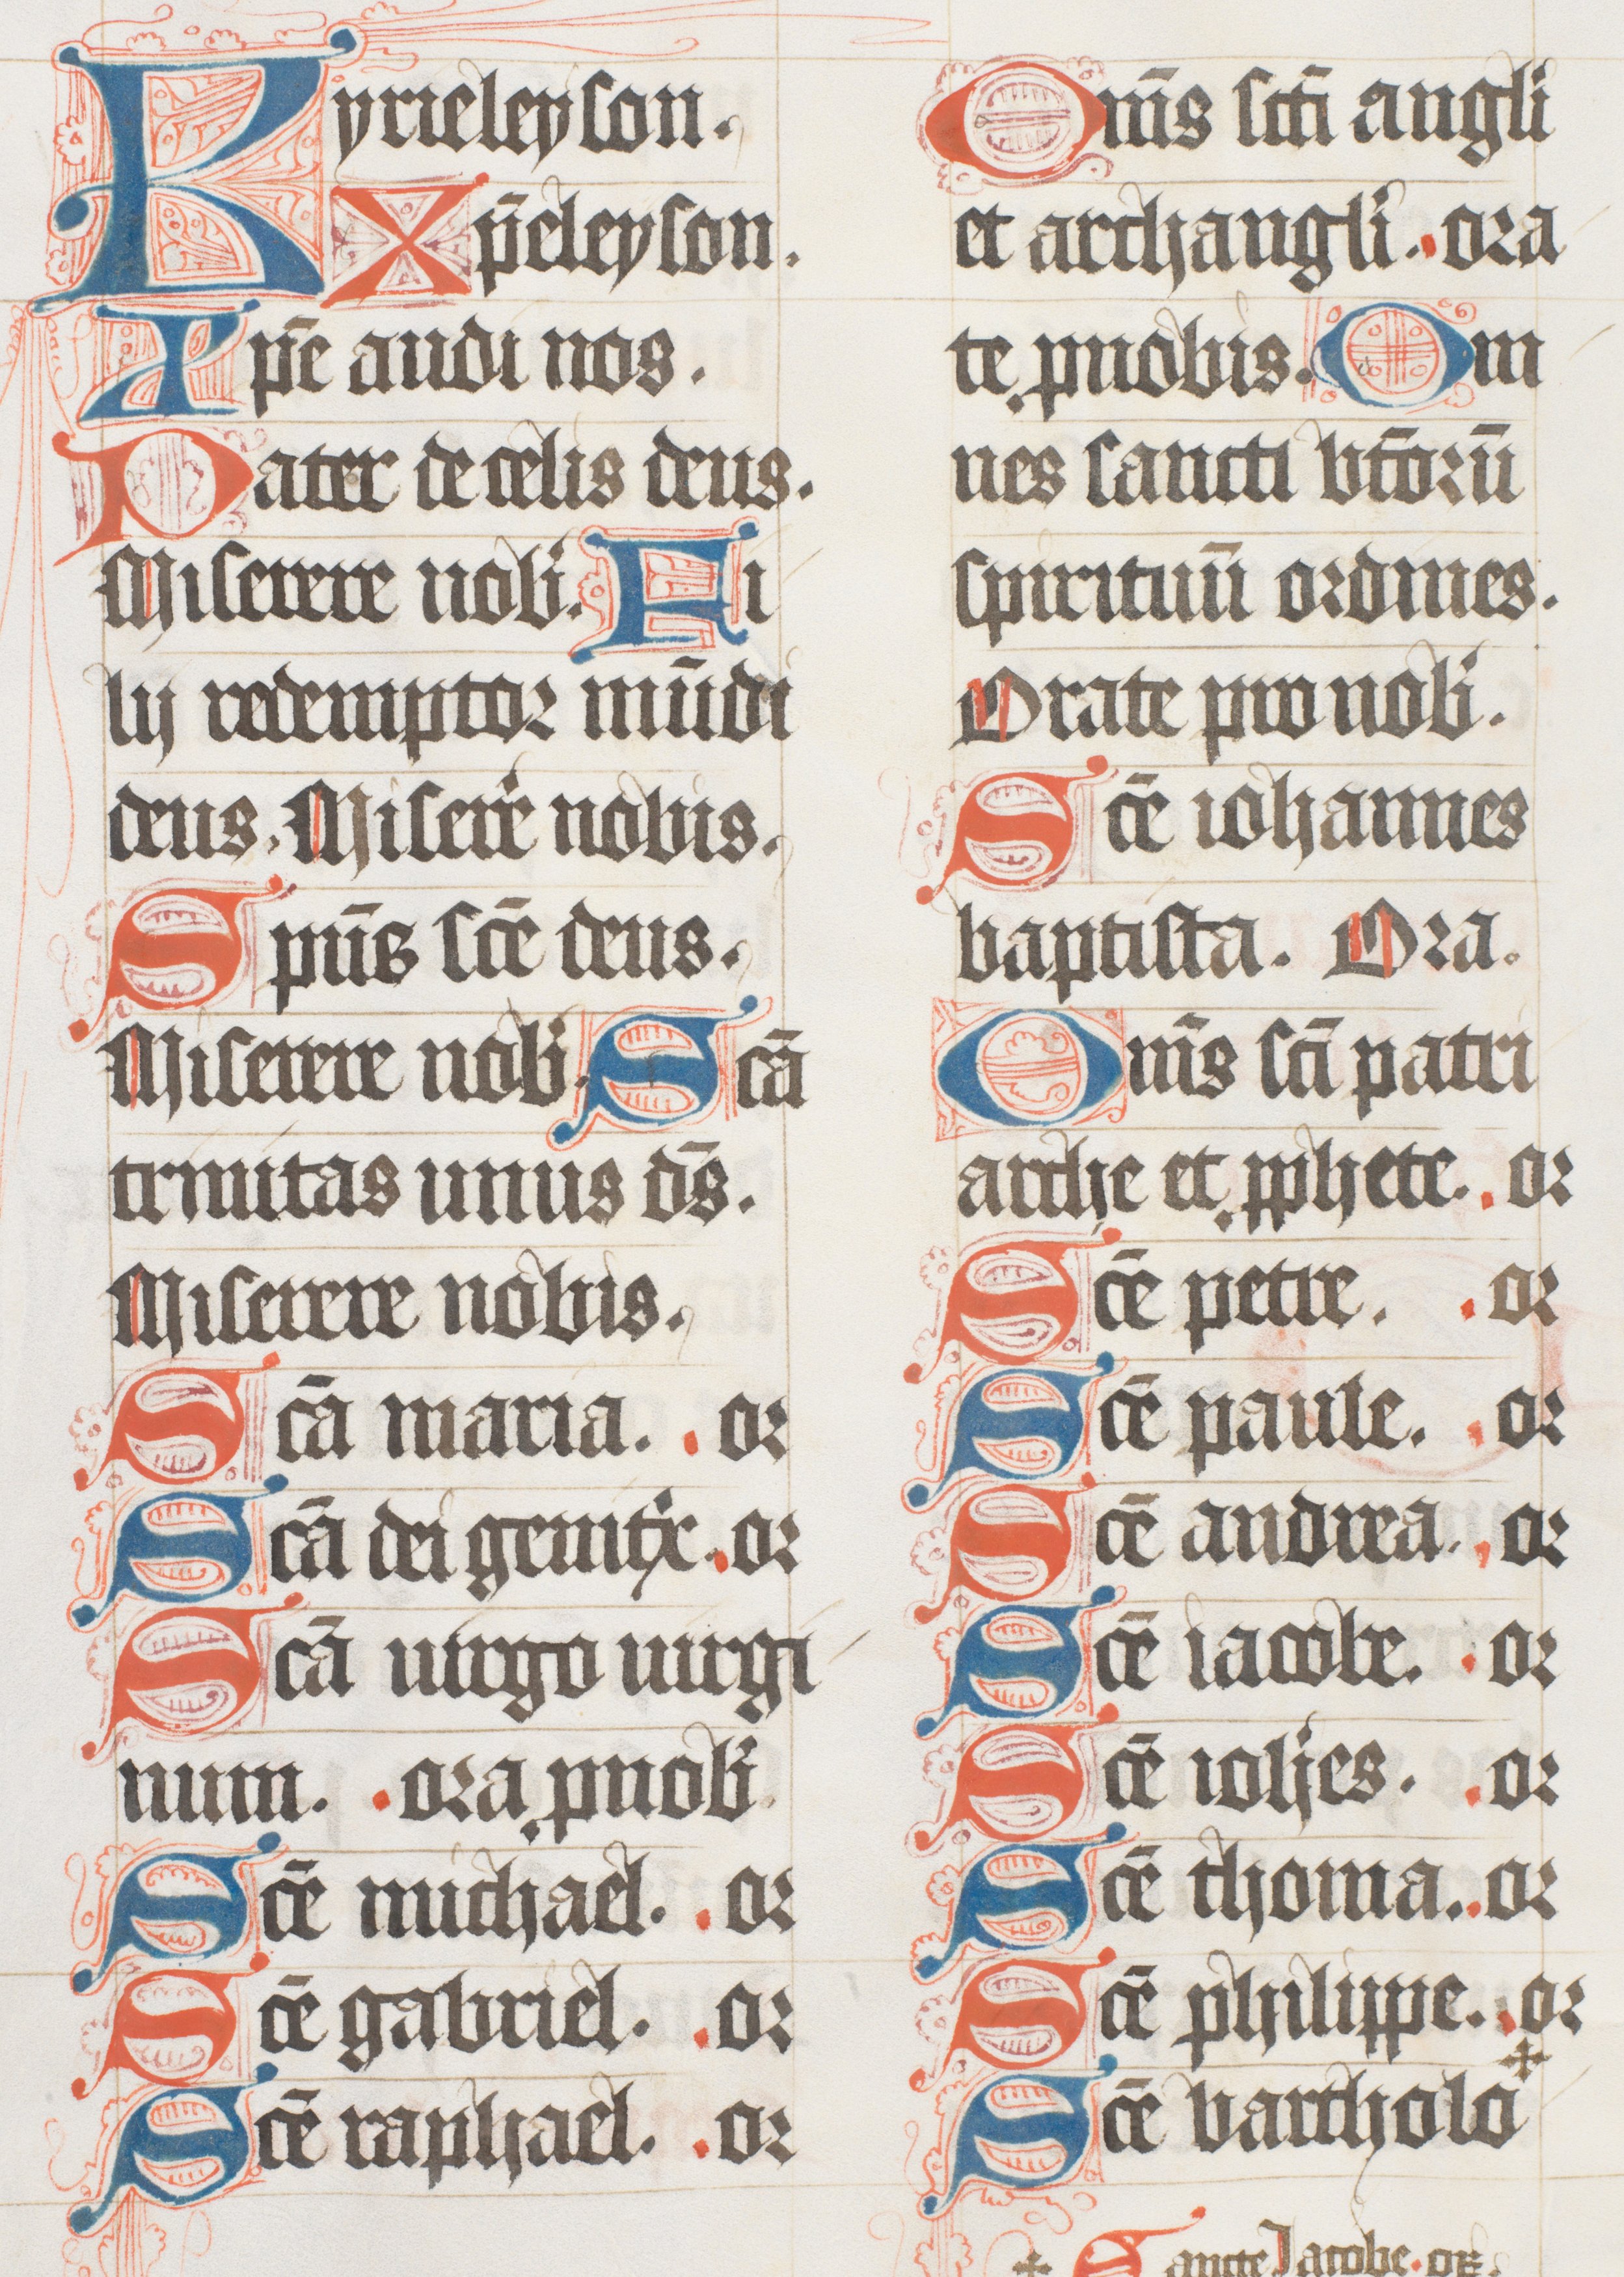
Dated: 1447–1478